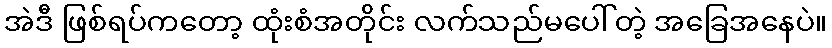
အဲဒီ ဖြစ်ရပ်ကတော့ ထုံးစံအတိုင်း လက်သည်မပေါ်တဲ့ အခြေအနေပဲ။